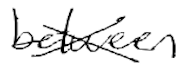
Text: between
Cross-out: cross
Writing tool: digital_black